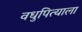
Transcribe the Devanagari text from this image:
वधुपित्याला